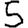
Digit: 5